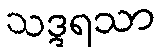
သဒ္ဒရသာ